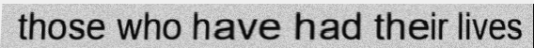
those who have had their lives